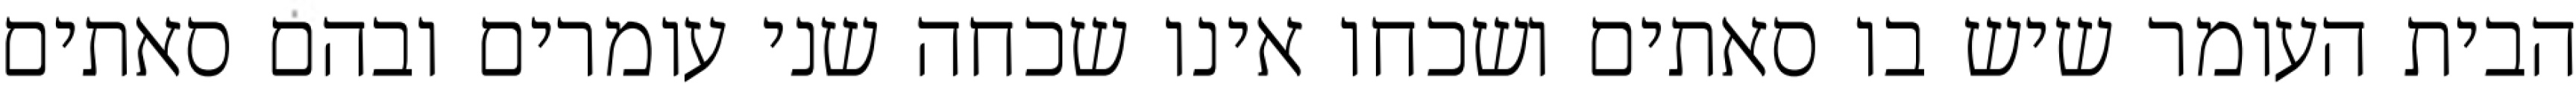
הבית העומר שיש בו סאתים ושכחו אינו שכחה שני עומרים ובהם סאתים